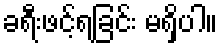
ခရီးဖင့်ရခြင်း မရှိပါ။